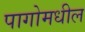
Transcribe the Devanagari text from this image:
पागोमधील